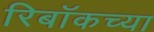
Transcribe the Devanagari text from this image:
रिबॉकच्या